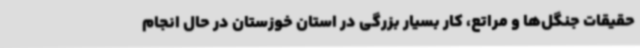
حقیقات جنگل‌ها و مراتع، کار بسیار بزرگی در استان خوزستان در حال انجام